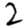
Digit: 2